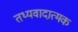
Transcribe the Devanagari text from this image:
तथ्यवादात्मक